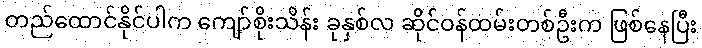
တည်ထောင်နိုင်ပါက ကျော်စိုးသိန်း ခုနှစ်လ ဆိုင်ဝန်ထမ်းတစ်ဦးက ဖြစ်နေပြီး